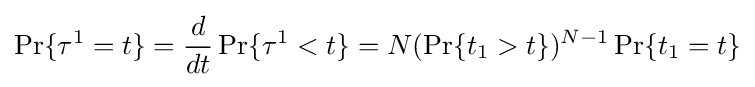
\Pr\{\tau ^{1}=t\}={\frac {d}{dt}}\Pr\{\tau ^{1}<t\}=N(\Pr\{t_{1}>t\})^{N-1}\Pr \limits \{t_{1}=t\}